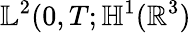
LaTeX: \mathbb{L}^{2}(0,T;\mathbb{H}^{1}(\mathbb{R}^{3})